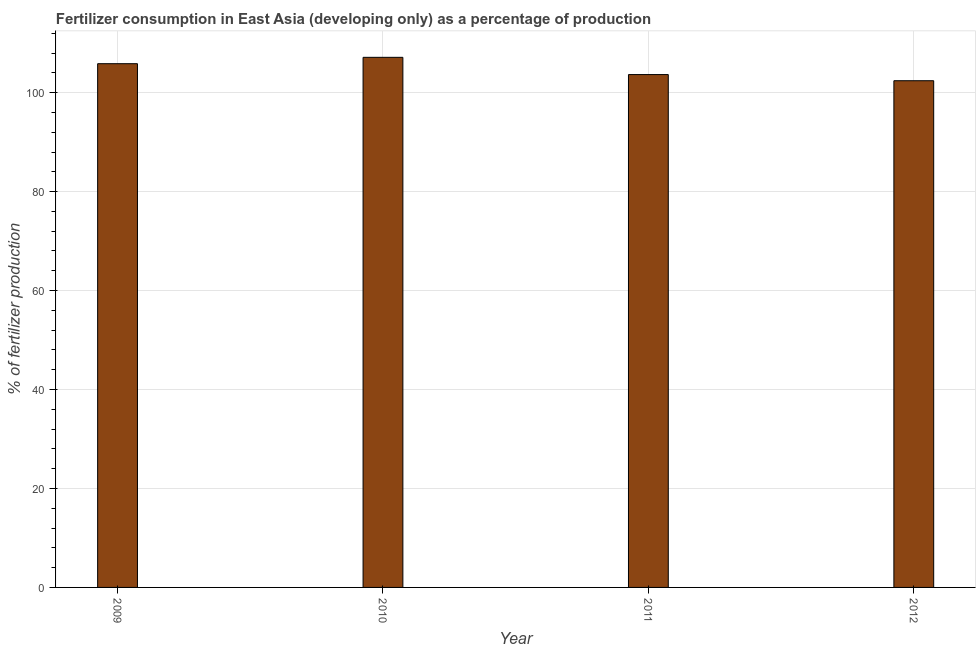
| Year | Fertilizer consumption |
 | --- | --- |
 | 2009 | 106 |
 | 2010 | 107 |
 | 2011 | 104 |
 | 2012 | 102 |